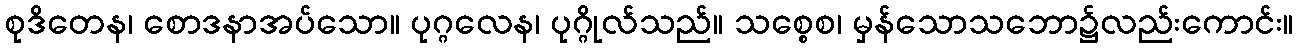
စုဒိတေန၊ စောဒနာအပ်သော။ ပုဂ္ဂလေန၊ ပုဂ္ဂိုလ်သည်။ သစ္စေစ၊ မှန်သောသဘော၌လည်းကောင်း။